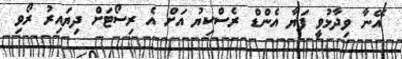
އޭނާ ވިދާޅުވީ ފަޔާ އެންޑް ރެސްކިޔު އަށް އެ ރިސޯޓަށް ދިޔައިރު ރޯވި